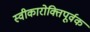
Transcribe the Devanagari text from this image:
स्वीकारोक्तिपूर्वक